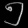
Digit: ၅